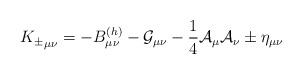
LaTeX: \begin{align*}{K_{\pm}}_{\mu \nu} = -B^{(h)}_{\mu \nu} - {\cal G}_{\mu \nu}- {1 \over 4}{\cal A}_ \mu {\cal A}_ \nu \pm \eta_{\mu \nu}\end{align*}